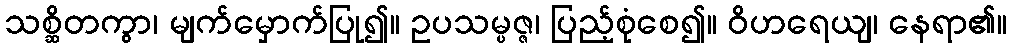
သစ္ဆိတကွာ၊ မျက်မှောက်ပြု၍။ ဥပသမ္ပဇ္ဇ၊ ပြည့်စုံစေ၍။ ဝိဟရေယျ၊ နေရာ၏။